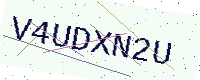
Text: V4UDXN2U